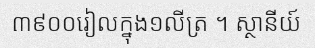
៣៩០០រៀលក្នុង១លីត្រ ។ ស្ថានីយ៍